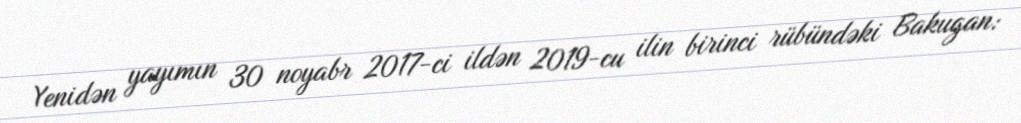
Yenidən yayımın 30 noyabr 2017-ci ildən 2019-cu ilin birinci rübündəki Bakugan: